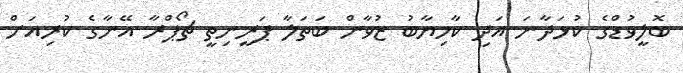
ބޮލީވުޑްގެ ކުޅަދާނަ އަދި ކާމިޔާބު ޒުވާން ބަތަލާ ޕަރީނިތީ ޗޯޕްރާ އޭނާގެ ކުރިއަށް